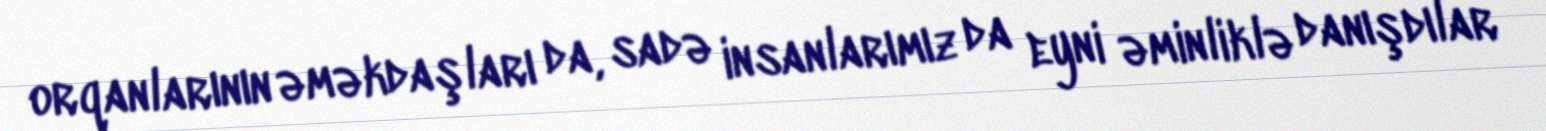
orqanlarının əməkdaşları da, sadə insanlarımız da eyni əminliklə danışdılar